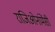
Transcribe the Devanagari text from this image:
राजिओनांमेंसी